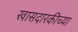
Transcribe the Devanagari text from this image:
खासदारकीच्या